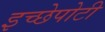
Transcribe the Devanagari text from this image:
इच्छेपोटी